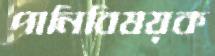
পানিবিষয়ক